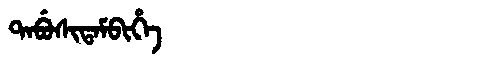
Manchu: ᡨᠠᠪᡠᠰᡳᡨᠠᠮᠪᡳᡥᡝ
Romanization: TABUSITAMBIHE